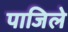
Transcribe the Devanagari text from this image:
पाजिले